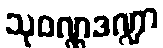
သုဝဏ္ဏဒဏ္ဍာ